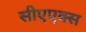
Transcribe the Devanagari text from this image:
सीएएक्स